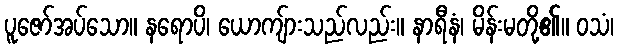
ပူဇော်အပ်သော။ နရောပိ၊ ယောကျ်ားသည်လည်း။ နာရီနံ၊ မိန်းမတို့၏။ ဝသံ၊